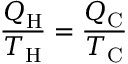
{ \frac { Q _ { \mathrm { H } } } { T _ { \mathrm { H } } } } = { \frac { Q _ { \mathrm { C } } } { T _ { \mathrm { C } } } }